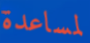
لمساعدة